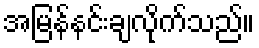
အမြန်နင်းချလိုက်သည်။